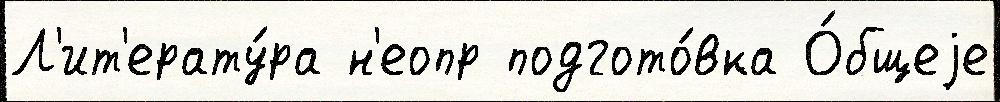
Л'ит'ерату́ра н'еопр подгото́вка О́бщеjе